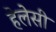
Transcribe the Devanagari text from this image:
हेलेसी